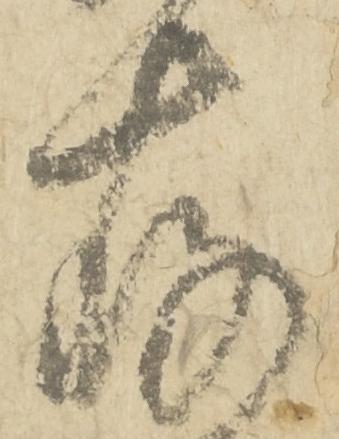
存